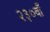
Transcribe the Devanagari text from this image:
२३०वाँ